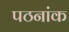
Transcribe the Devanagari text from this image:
पठनांक